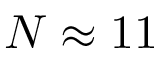
N \approx { 1 1 }